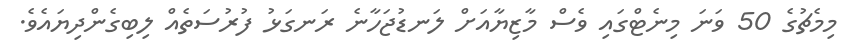
މިމެޗުގެ 50 ވަނަ މިނެޓްގައި ވެސް މާޒިޔާއަށް ލަނޑުޖަހާނެ ރަނގަޅު ފުރުސަތެއް ލިބިގެންދިޔައެވެ.